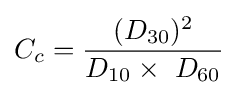
C_{c}={\frac {(D_{30})^{2}}{D_{10}\times \ D_{60}}}